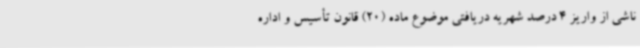
ناشی از واریز 4 درصد شهریه دریافتی موضوع ماده (20) قانون تأسیس و اداره